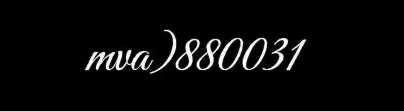
mva)880031